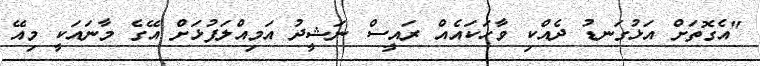
"އެގޮތަށް އަޅުގަނޑު ދެއްކި ވާހަކައެއް ރައީސް ނަޝީދު އަމިއްލަފުޅަށް އޭގެ މާނައަކީ މިއޭ